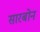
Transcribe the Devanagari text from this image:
सारबोन